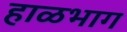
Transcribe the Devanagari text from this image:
हाळभाग